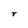
Character: r